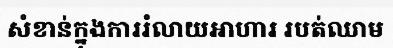
សំខាន់ក្នុងការរំលាយអាហារ របត់ឈាម